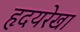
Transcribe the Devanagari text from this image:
हृदयरेखा